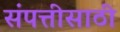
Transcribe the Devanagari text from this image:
संपत्तीसाठी